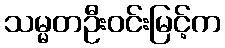
သမ္မတဦးဝင်းမြင့်က